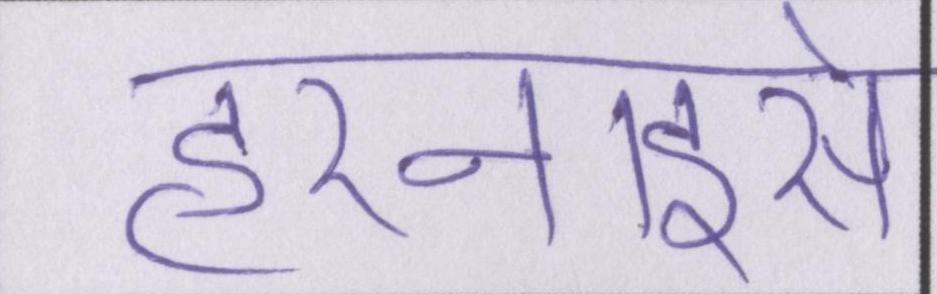
हरनाइसे